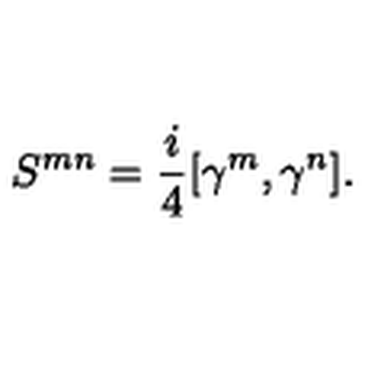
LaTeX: { S ^ { m n } } = { \frac { i } { 4 } } [ \gamma ^ { m } , \gamma ^ { n } ] .